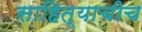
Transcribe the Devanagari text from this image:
साहित्याचीच